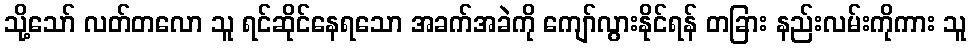
သို့သော် လတ်တလော သူ ရင်ဆိုင်နေရသော အခက်အခဲကို ကျော်လွားနိုင်ရန် တခြား နည်းလမ်းကိုကား သူ